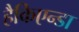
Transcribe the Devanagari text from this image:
हैकिएन्डा